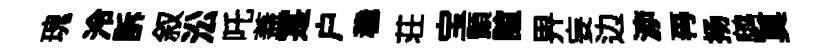
瑰泠訴叙㳂吒蓋寔户稳荘宝顥誼畀妄边㴑再扬鹧莫